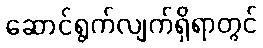
ဆောင်ရွက်လျက်ရှိရာတွင်